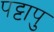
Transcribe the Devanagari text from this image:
पट्टापु